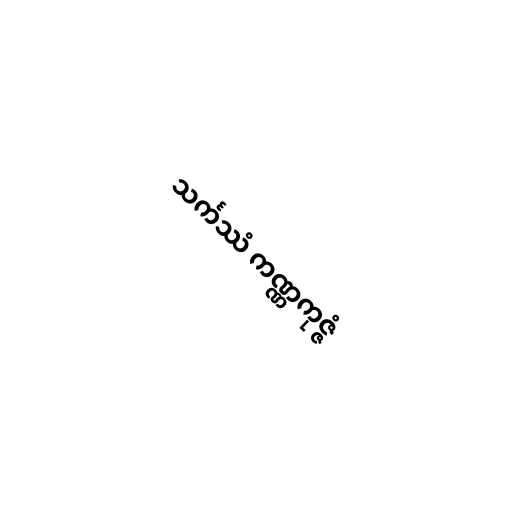
သင်္ကဿံ ကဏ္ဏကုဇ္ဇံ